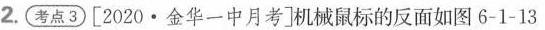
2. 考点3 [2020·金华一中月考]机械鼠标的反面如图6-1-13